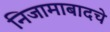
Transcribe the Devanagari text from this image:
निजामाबादचे